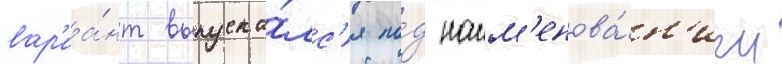
вар'иа́нт выпуска́лс'я по́д наим'енова́н'ием